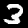
Label: 3